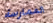
الممارسة